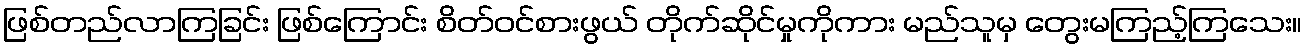
ဖြစ်တည်လာကြခြင်း ဖြစ်ကြောင်း စိတ်ဝင်စားဖွယ် တိုက်ဆိုင်မှုကိုကား မည်သူမှ တွေးမကြည့်ကြသေး။